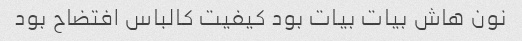
نون هاش بیات بیات بود کیفیت کالباس افتضاح بود